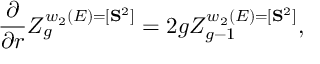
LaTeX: { \frac { \partial } { \partial r } } Z _ { g } ^ { w _ { 2 } ( E ) = [ { \bf S } ^ { 2 } ] } = 2 g Z _ { g - 1 } ^ { w _ { 2 } ( E ) = [ { \bf S } ^ { 2 } ] } ,